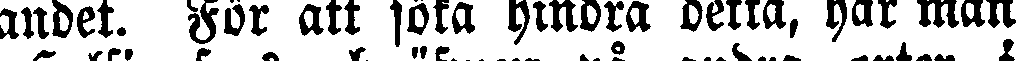
andet. För att söka hindra detta, har man